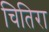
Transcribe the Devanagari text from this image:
चितिरा